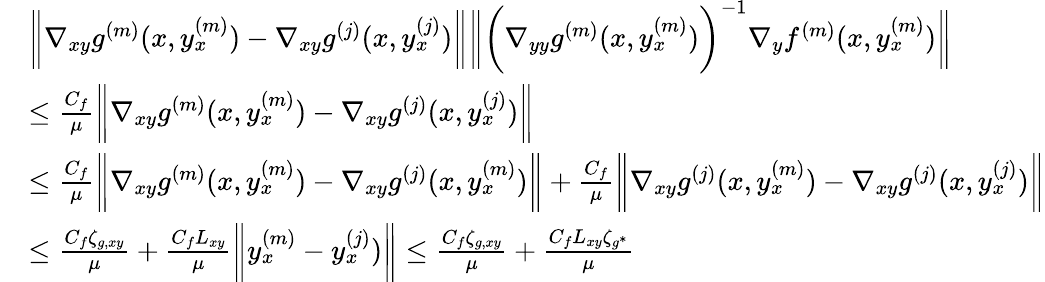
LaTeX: \begin{array}{rl}&{\bigg\| \nabla_{xy}g^{(m)}(x,y_{x}^{(m)})-\nabla_{xy}g^{(j)}(x,y_{x}^{(j)})\bigg\| \bigg\| \bigg(\nabla_{yy}g^{(m)}(x,y_{x}^{(m)})\bigg)^{-1}\nabla_{y}f^{(m)}(x,y_{x}^{(m)})\bigg\| }\\ &{\leq\frac{C_{f}}{\mu}\bigg\| \nabla_{xy}g^{(m)}(x,y_{x}^{(m)})-\nabla_{xy}g^{(j)}(x,y_{x}^{(j)})\bigg\| }\\ &{\leq\frac{C_{f}}{\mu}\bigg\| \nabla_{xy}g^{(m)}(x,y_{x}^{(m)})-\nabla_{xy}g^{(j)}(x,y_{x}^{(m)})\bigg\| +\frac{C_{f}}{\mu}\bigg\| \nabla_{xy}g^{(j)}(x,y_{x}^{(m)})-\nabla_{xy}g^{(j)}(x,y_{x}^{(j)})\bigg\| }\\ &{\leq\frac{C_{f}\zeta_{g,xy}}{\mu}+\frac{C_{f}L_{xy}}{\mu}\bigg\| y_{x}^{(m)}-y_{x}^{(j)})\bigg\| \leq\frac{C_{f}\zeta_{g,xy}}{\mu}+\frac{C_{f}L_{xy}\zeta_{g^{\ast}}}{\mu}}\end{array}